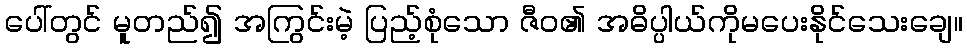
ပေါ်တွင် မူတည်၍ အကြွင်းမဲ့ ပြည့်စုံသော ဇီဝ၏ အဓိပ္ပါယ်ကိုမပေးနိုင်သေးချေ။